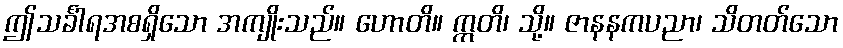
ဤသင်္ခါရအစရှိသော အကျိုးသည်။ ဟောတိ။ ဣတိ၊ သို့။ ဇာနနကပညာ၊ သိတတ်သော